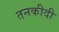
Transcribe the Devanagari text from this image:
तनकीदी